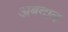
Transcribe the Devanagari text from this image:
अबदाब